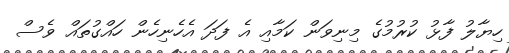
ހިޔާލު ފާޅު ކުރުމުގެ މިނިވަން ކަމާއި އެ ފަދަ އެހެނިހެން ހައްގުތައް ވެސް